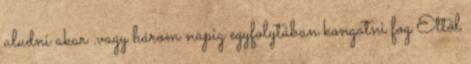
aludni akar .vagy három napig egyfolytában kongatni fog Ettől